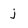
Character: j